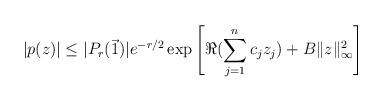
LaTeX: \begin{align*}|p(z)| \leq |P_r(\vec{1})|e^{-r/2}\exp\left[\Re(\sum_{j=1}^{n} c_j z_j)+B \|z\|_{\infty}^2 \right]\end{align*}